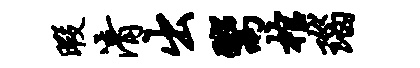
暇清出鬻棺瑙